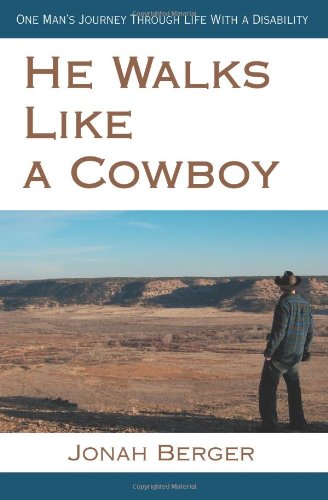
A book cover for He Walks Like a Cowboy: One Man's Journey Through Life With a Disability; Jonah Berger; Computers & Technology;